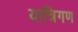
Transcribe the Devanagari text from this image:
यात्रिगण